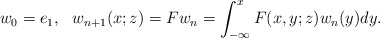
\begin{align*}&w_0=e_1, \ \ w_{n+1}(x;z)= Fw_n = \int_{- \infty}^x F(x,y;z)w_n(y)dy.\end{align*}